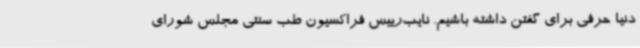
دنیا حرفی برای گفتن داشته باشیم. نایب‌رییس فراکسیون طب سنتی مجلس شورای